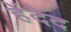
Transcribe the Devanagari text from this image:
हेंदेद